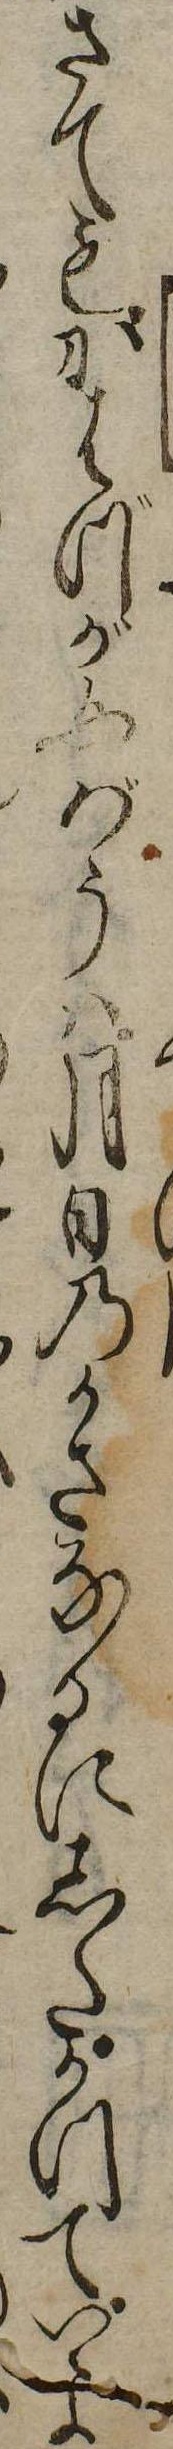
さてもかはづが女ばうは月日のかさなるにしたがつていよ